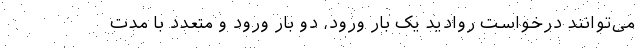
می‌توانند درخواست روادید یک بار ورود، دو بار ورود و متعدد با مدت